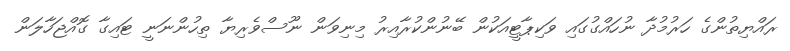
ރައްޔިތުންގެ ހަރުމުދާ ނުހައްގުގައި ވަކިޕާޓީއަކުން ބޭނުންކުރާއިރު މިނިވަން ނޫސްވެރިޔާ ތިހުންނަނީ ޓައިގާ ގޮއްޖަހާލަން